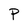
Character: P